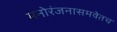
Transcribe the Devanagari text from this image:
मनोरंजनासमवेतच